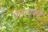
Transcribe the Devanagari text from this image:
पठाराकडे